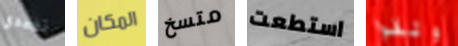
تفقدي المكان متسخ استطعت وثقوا